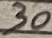
Text: 30